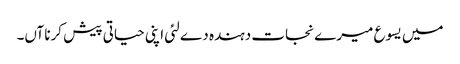
میں یسوع میرے نجات دہندہ دے لئی اپنی حیاتی پیش کرنا آں۔